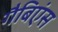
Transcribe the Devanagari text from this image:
गैबिएंस